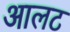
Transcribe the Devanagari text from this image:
आलट